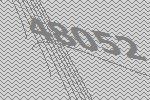
48052